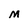
Character: M